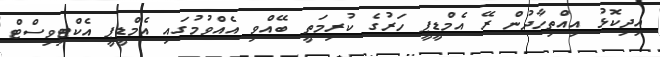
އިދިކޮޅު އިއްތިހާދުން ރޭ އެމްޑީޕީ ހަރުގެ ކުރިމަތީ ބޭއްވި އެއްވުމުގައި އެމްޑީޕީ އެކްޓިވިސްޓް